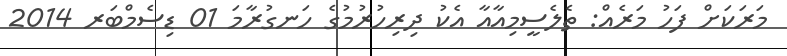
މަރަކަށް ފަހު މަރެއް: ތެލެސީމިއާއާ އެކު ދިރިހުރުމުގެ ހަނގުރާމަ 01 ޑިސެމްބަރ 2014